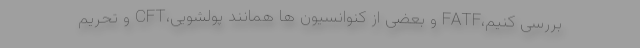
بررسی کنیم،FATF و بعضی از کنوانسیون ها همانند پولشویی،CFT و تحریم